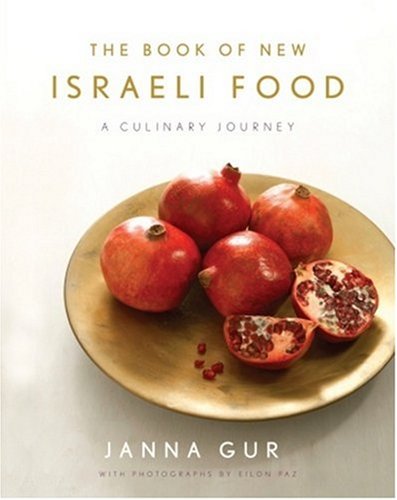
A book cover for The Book of New Israeli Food: A Culinary Journey; Janna Gur; Cookbooks, Food & Wine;